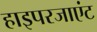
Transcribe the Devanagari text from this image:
हाइपरजाएंट